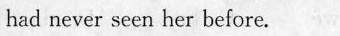
had ncver scen her before.